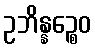
ဥဘိန္နဉ္စေဝ